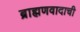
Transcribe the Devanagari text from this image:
ब्राह्मणवादाची